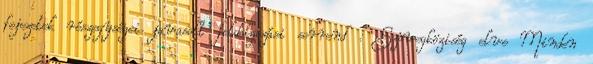
fejezetek részegységei javasolt feldolgozási sorrend . Szövegköziség elve Minden